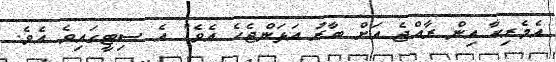
އެމެރިކާ އިން ރާއްޖެ އަށް ބާރު އަޅަންޖެހެ އެވެ" އެ ސިޓީގައިވެ އެވެ.